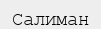
Салиман